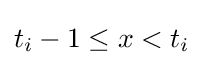
t_{i}-1\leq x<t_{i}